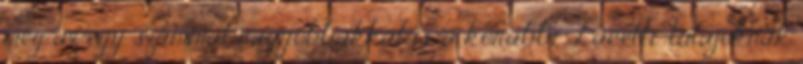
még az egy számmal nagyobbakkal is, a korábbi Lacetti-tulajoknak